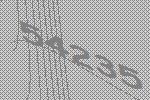
54235